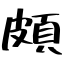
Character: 頗